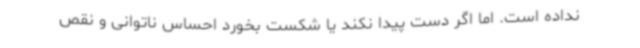
نداده است. اما اگر دست پیدا نکند یا شکست بخورد احساس ناتوانی و نقص